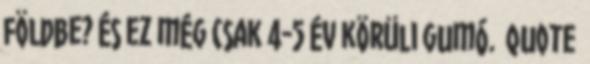
földbe? És ez még csak 4-5 év körüli gumó. quote